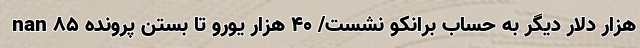
nan ۸۵ هزار دلار دیگر به حساب برانکو نشست/ ۴۰ هزار یورو تا بستن پرونده